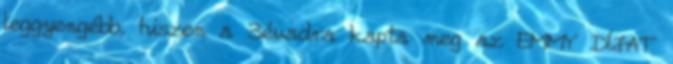
leggyengébb, hiszen a 3évadra kapta meg az EMMY DÍJAT